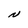
Character: N